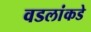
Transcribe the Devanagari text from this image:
वडलांकडे